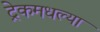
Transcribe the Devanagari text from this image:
ट्रेकमधल्या